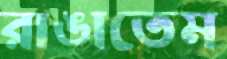
রাঙাতেম